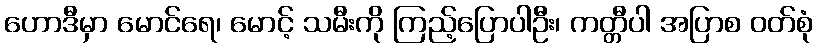
ဟောဒီမှာ မောင်ရေ၊ မောင့် သမီးကို ကြည့်ပြောပါဦး၊ ကတ္တီပါ အပြာစ ဝတ်စုံ